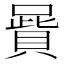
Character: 𠽷